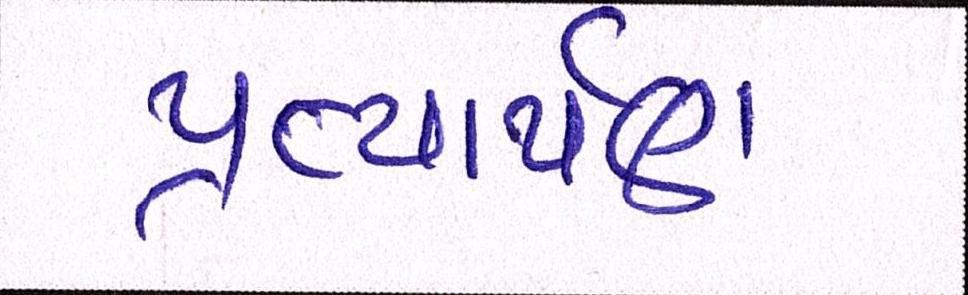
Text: પ્રત્યાર્પણ